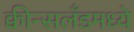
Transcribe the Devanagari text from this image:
क्वीन्सलँडमध्ये